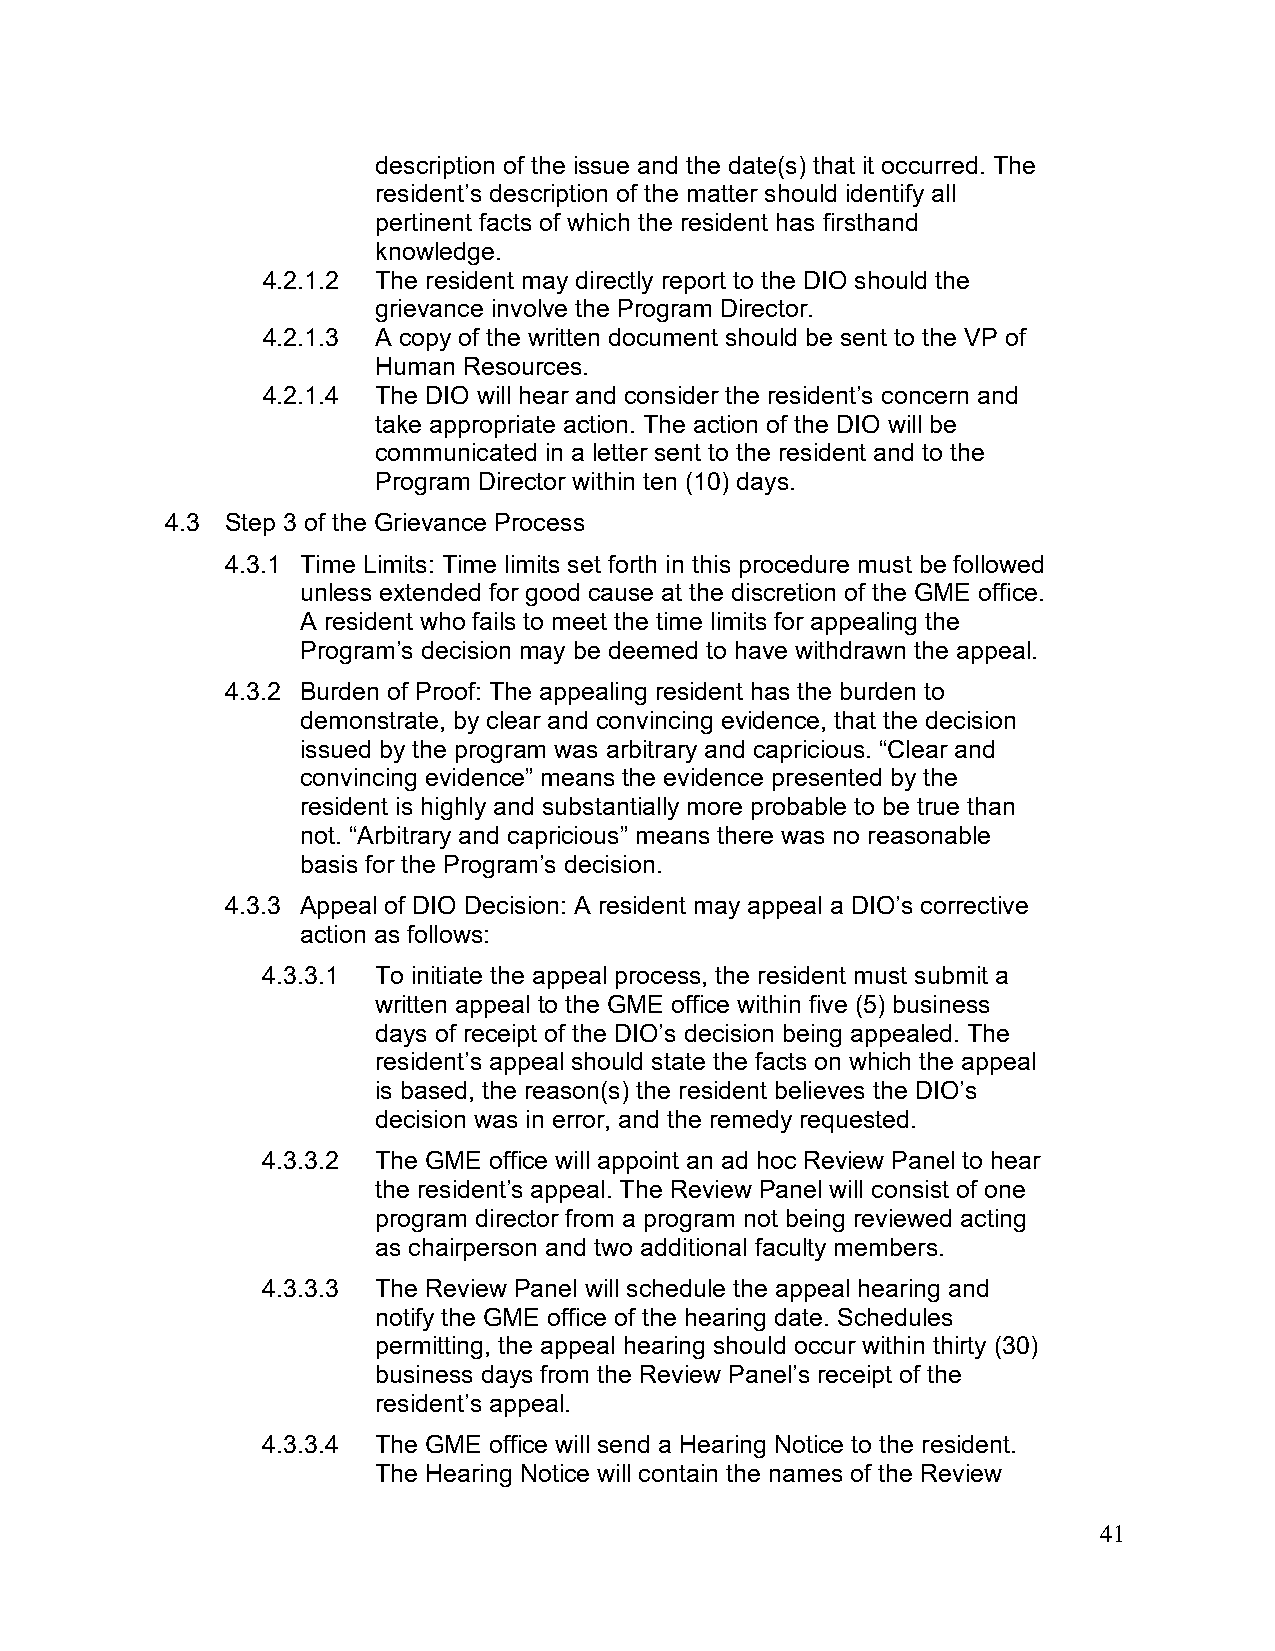
description of the issue and the date(s) that it occurred. The
 resident’s description of the matter should identify all
 pertinent facts of which the resident has firsthand
 knowledge.
 4.2.1.2 The resident may directly report to the DIO should the
 grievance involve the Program Director.
 4.2.1.3 A copy of the written document should be sent to the VP of
 Human Resources.
 4.2.1.4 The DIO will hear and consider the resident’s concern and
 take appropriate action. The action of the DIO will be
 communicated in a letter sent to the resident and to the
 Program Director within ten (10) days.
 4.3 Step 3 of the Grievance Process
 4.3.1 Time Limits: Time limits set forth in this procedure must be followed
 unless extended for good cause at the discretion of the GME office.
 A resident who fails to meet the time limits for appealing the
 Program’s decision may be deemed to have withdrawn the appeal.
 4.3.2 Burden of Proof: The appealing resident has the burden to
 demonstrate, by clear and convincing evidence, that the decision
 issued by the program was arbitrary and capricious. “Clear and
 convincing evidence” means the evidence presented by the
 resident is highly and substantially more probable to be true than
 not. “Arbitrary and capricious” means there was no reasonable
 basis for the Program’s decision.
 4.3.3 Appeal of DIO Decision: A resident may appeal a DIO’s corrective
 action as follows:
 4.3.3.1 To initiate the appeal process, the resident must submit a
 written appeal to the GME office within five (5) business
 days of receipt of the DIO’s decision being appealed. The
 resident’s appeal should state the facts on which the appeal
 is based, the reason(s) the resident believes the DIO’s
 decision was in error, and the remedy requested.
 4.3.3.2 The GME office will appoint an ad hoc Review Panel to hear
 the resident’s appeal. The Review Panel will consist of one
 program director from a program not being reviewed acting
 as chairperson and two additional faculty members.
 4.3.3.3 The Review Panel will schedule the appeal hearing and
 notify the GME office of the hearing date. Schedules
 permitting, the appeal hearing should occur within thirty (30)
 business days from the Review Panel’s receipt of the
 resident’s appeal.
 4.3.3.4 The GME office will send a Hearing Notice to the resident.
 The Hearing Notice will contain the names of the Review
 41